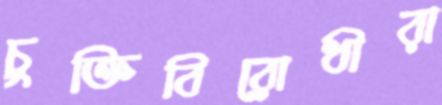
চুক্তিবিরোধীরা